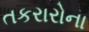
તકરારોના